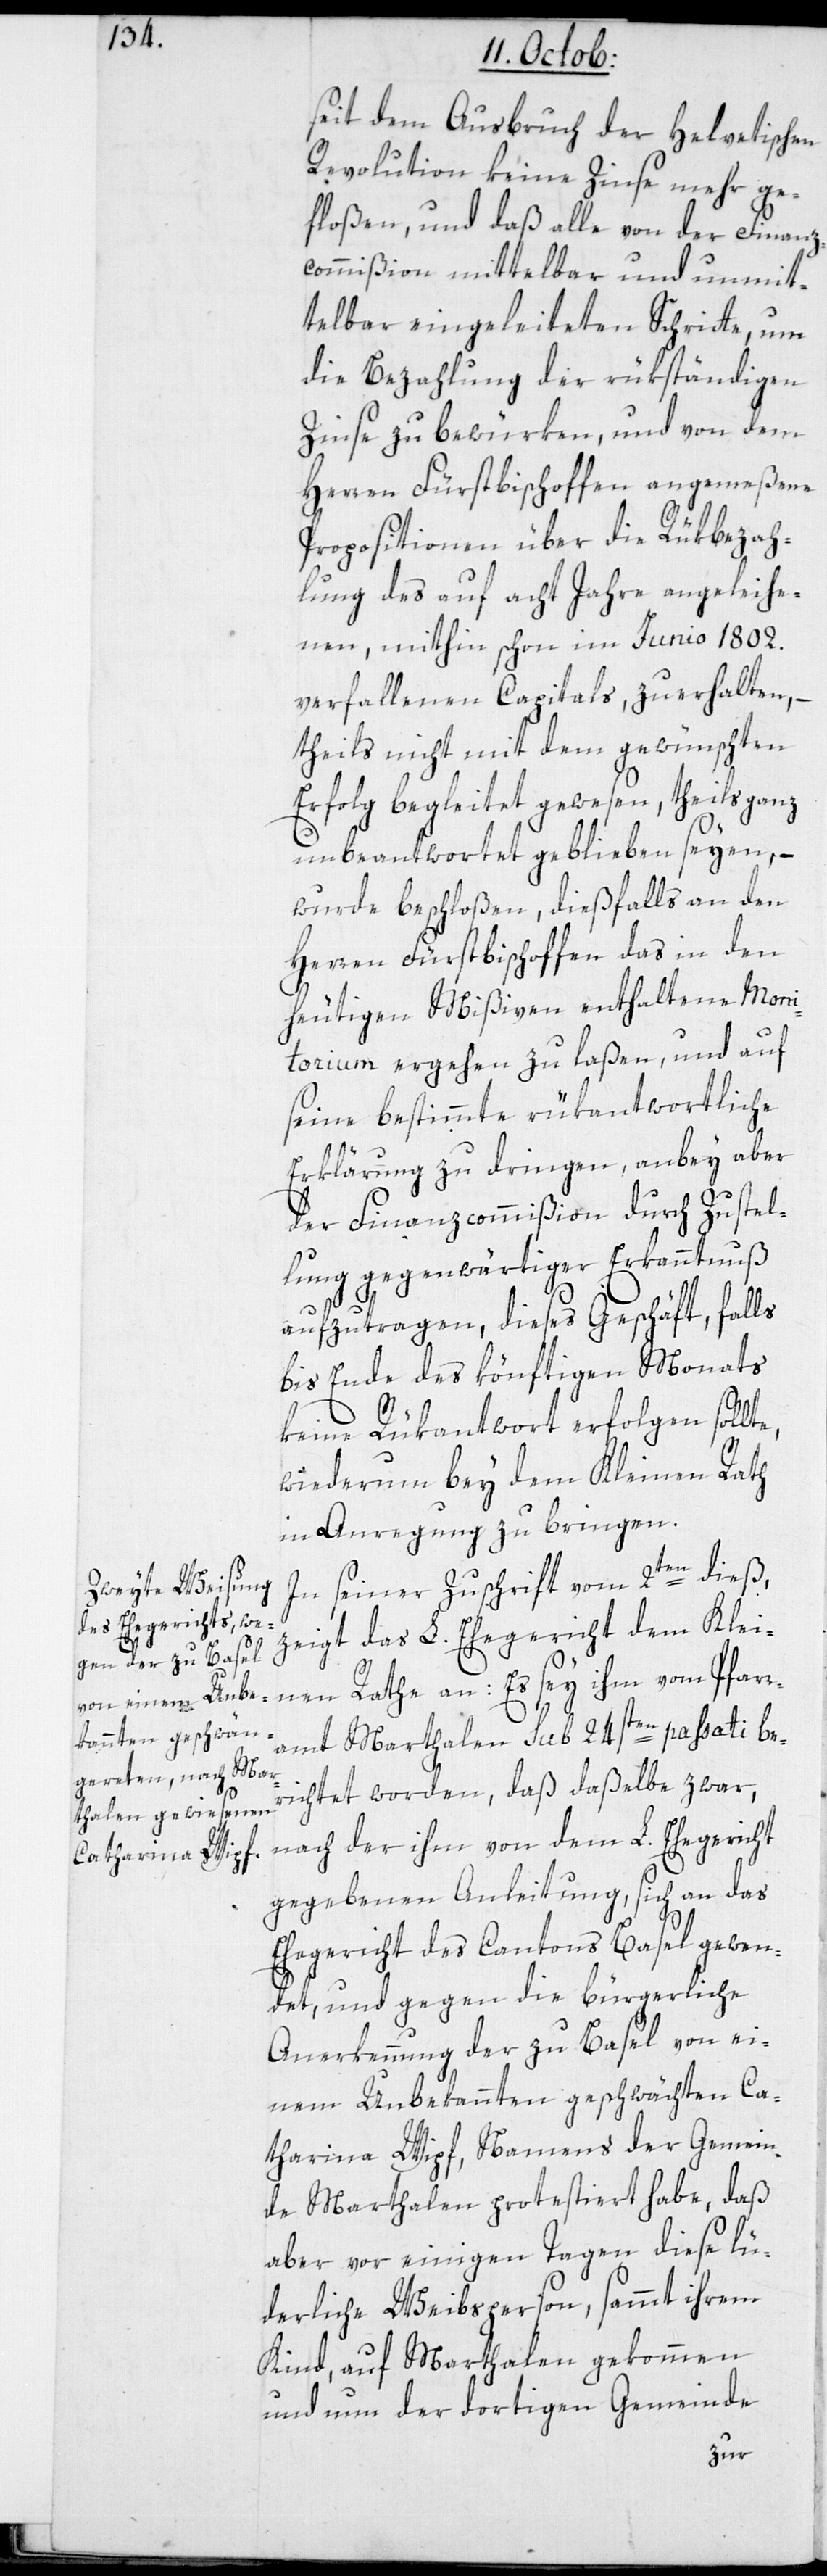
seit dem Ausbruch der Helvetischen
Revolution keine Zinse mehr ge¬
floßen, und daß alle von der Finanz-C¬
ommißion mittelbar und unmit¬
telbar eingeleiteten Schritte, um
die Bezahlung der rükständigen
Zinse zu bewürken, und von dem
Herren Fürstbischoffen angemeßene
Propositionen über die Rükbezah¬
lung des auf acht Jahre angeleihe¬
nen, mithin schon im Junio 1802.
verfallenen Capitals, zu erhalten, –
theils nicht mit dem gewünschten
Erfolg begleitet gewesen, theils ganz
unbeantwortet geblieben seyen, –
wurde beschloßen, dießfalls an den
Herren Fürstbischoffen das in den
heutigen Mißiven enthaltene Moni¬
torium ergehen zu laßen, und auf
seine bestimmte rükantwortliche
Erklärung zu dringen, anbey aber
der Finanz-Commißion durch Zustel¬
lung gegenwärtiger Erkanntnuß
aufzutragen, dieses Geschäft, falls
bis Ende des könftigen Monats
keine Rükantwort erfolgen sollte,
wiederum bey dem Kleinen Rath
in Anregung zu bringen.
In seiner Zuschrift vom 2ten dieß,
zeigt das L. Ehegericht dem Klei¬
nen Rathe an: Es sey ihm vom Pfarr¬
amt Marthalen sub 24sten passati ber¬
ichtet worden, daß daßelbe zwar,
nach der ihm von dem L. Ehegericht
gegebenen Anleitung, sich an das
Ehegericht des Cantons Basel gewen¬
det, und gegen die bürgerliche
Anerkennung der zu Basel von ei¬
nem Unbekannten geschwächten Ca¬
tharina Wipf, Namens der Gemein¬
de Marthalen protestiert habe, daß
aber vor einigen Tagen diese lü¬
derliche Weibsperson, sammt ihrem
Kind auf Marthalen gekommen
und um der dortigen Gemeinde